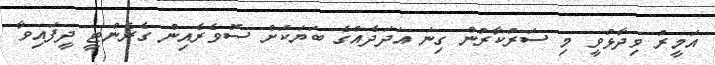
އަމީރު ވިދާޅުވީ މި ސަރުކާރުން ގިނަ އަދަދެއްގެ ބަޔަކަށް ސޮވެރެއިން ގެރެންޓީ ދީފައިވާ